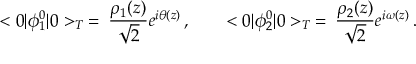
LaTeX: < 0 | \phi _ { 1 } ^ { 0 } | 0 > _ { T } \: = \: \frac { \rho _ { 1 } ( z ) } { \sqrt 2 } e ^ { i \theta ( z ) } \, , \qquad < 0 | \phi _ { 2 } ^ { 0 } | 0 > _ { T } \: = \: \frac { \rho _ { 2 } ( z ) } { \sqrt 2 } e ^ { i \omega ( z ) } \, .